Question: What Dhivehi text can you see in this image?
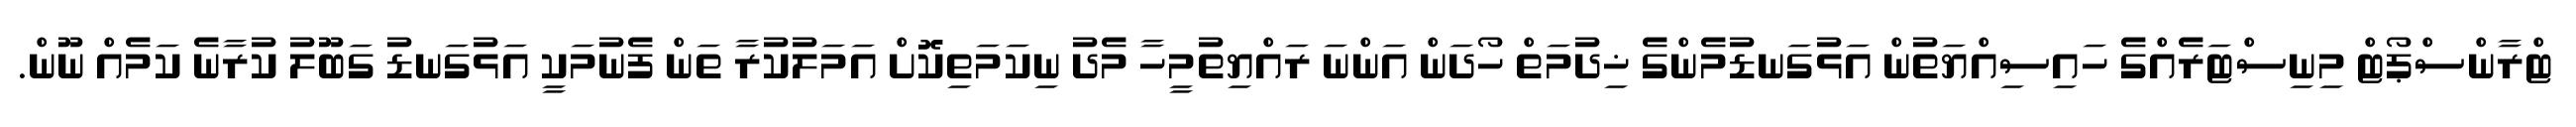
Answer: ޓްރާންސްޕޯޓް މިނިސްޓަރެއްގެ ހައިސިއްޔަތުން އަޅުގަނޑުމެންގެ ޚިދުމަތް ހޯދަން އަންނަ ރައްޔިތުމީހާ މެދު ނިކަމަތިކޮށް އަމަލުކުރާ ތަން ފެނުމަކީ އަޅުގަނޑު ގަބޫލު ކުރާނެ ކަމެއް ނޫން.